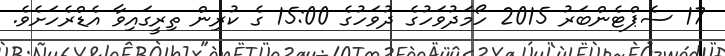
17 ސެޕްޓެންބަރު 2015 ހޯމަދުވަހުގެ ދުވަހުގެ 15:00 ގެ ކުރިން ތިރީގައިވާ އެޑްރެހަށެވެ.